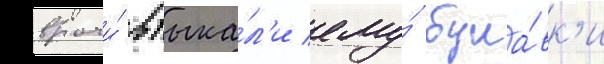
врачи́ втыка́л'и ему́ була́вк'и